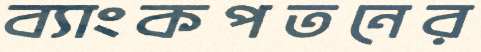
ব্যাংকপতনের